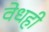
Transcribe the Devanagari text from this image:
वेधही